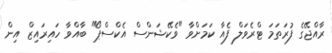
ރާއްޖޭގެ ފުރަތަމަ ޓްރެވަލް ފެއާ ކަމަށްވާ "ވެކޭޝަންސް އެކްސްޕޯ" ބާއްވާ ހައިރައިޒް އިން